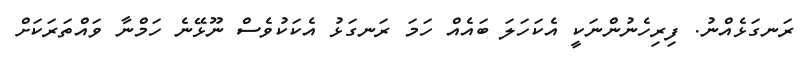
ރަނގަޅެއްނު. ފިރިހެނުންނަކީ އެކަހަލަ ބައެއް ހަމަ ރަނގަޅު އެކަކުވެސް ނޫޅޭނެ ހަމްނާ ވައްތަރަކަށް